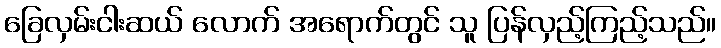
ခြေလှမ်းငါးဆယ် လောက် အရောက်တွင် သူ ပြန်လှည့်ကြည့်သည်။